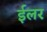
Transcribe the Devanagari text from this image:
ईलर